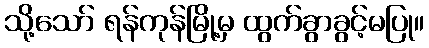
သို့သော် ရန်ကုန်မြို့မှ ထွက်ခွာခွင့်မပြု။